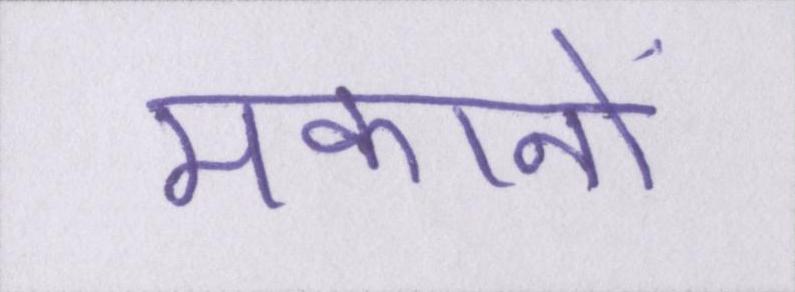
मकानों